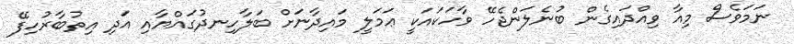
ނަމަވެސް މިއާ ވިއްދައިގެން ބުނެލަންޖެހޭ ވާހަކައަކީ ޢަމަލީ މައިދާނަށް ބަލާހިނދުގައްޔާއި އަދި އިތުބާރުހިފޭ